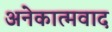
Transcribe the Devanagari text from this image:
अनेकात्मवाद